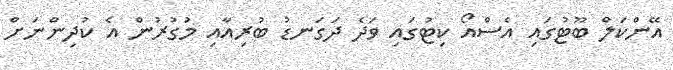
އޭންކަލް ބޫޓުގައި އެސްއޯ ކިޓުގައި ވަދެ ދަގަނޑު ބުރިއާއި މުގުރުން އެ ކުދިންނަށް